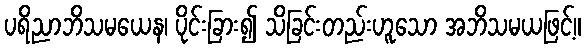
ပရိညာဘိသမယေန၊ ပိုင်းခြား၍ သိခြင်းတည်းဟူသော အဘိသမယဖြင့်။